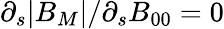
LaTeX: \partial_{s}|B_{M}|/\partial_{s}B_{00}=0